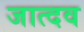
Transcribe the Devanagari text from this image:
जात्दव